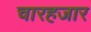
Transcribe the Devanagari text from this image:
चारहजार